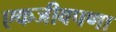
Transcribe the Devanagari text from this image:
एकजीवपणा